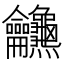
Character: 𪛖